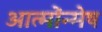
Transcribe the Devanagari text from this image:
आत्मोंन्मेष